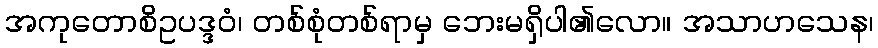
အကုတောစိဥပဒ္ဒဝံ၊ တစ်စုံတစ်ရာမှ ဘေးမရှိပါ၏လော။ အသာဟသေန၊